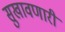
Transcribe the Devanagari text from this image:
सुखावणारी